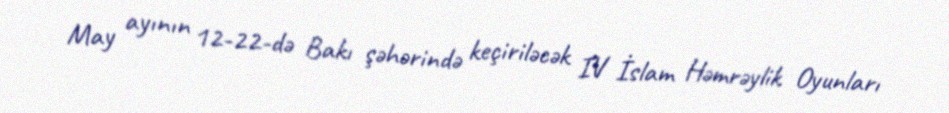
May ayının 12-22-də Bakı şəhərində keçiriləcək IV İslam Həmrəylik Oyunları